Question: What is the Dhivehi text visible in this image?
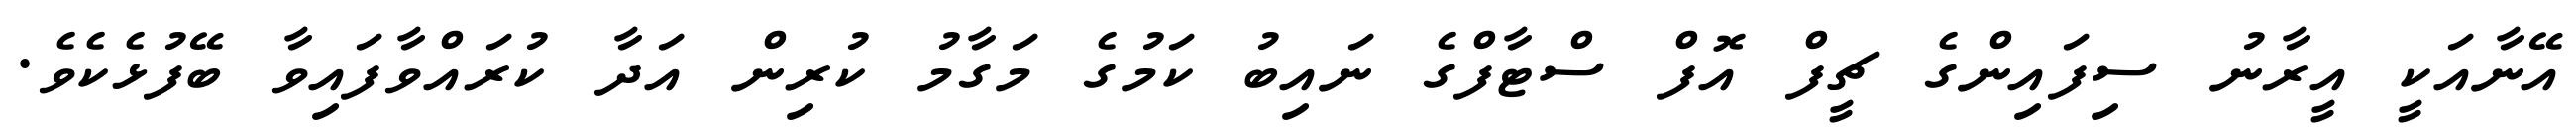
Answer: އޭނާއަކީ އީރާނު ސިފައިންގެ ޗީފް އޮފް ސްޓާފްގެ ނައިބު ކަމުގެ މަގާމު ކުރިން އަދާ ކުރައްވާފައިވާ ބޭފުޅެކެވެ.